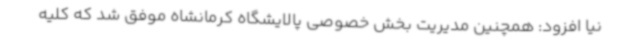
نیا افزود: همچنین مدیریت بخش خصوصی پالایشگاه کرمانشاه موفق شد که کلیه